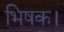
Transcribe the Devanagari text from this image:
भिषक।